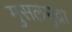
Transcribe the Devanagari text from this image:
मुसलमुद्रा